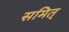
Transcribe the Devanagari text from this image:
समित्